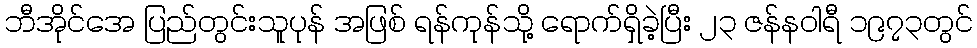
ဘီအိုင်အေ ပြည်တွင်းသူပုန် အဖြစ် ရန်ကုန်သို့ ရောက်ရှိခဲ့ပြီး ၂၃ ဇန်နဝါရီ ၁၉၇၃တွင်